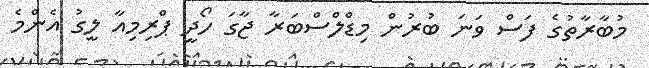
މުބާރާތުގެ ފަސް ވަނަ ބުރުން މިޑްލްސްބަރާ ޖާގަ ހޯދީ ޕްރިމިއާ ލީގު އެންމެ